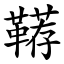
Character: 鞯